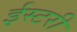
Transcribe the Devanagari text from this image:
ईस्टरी